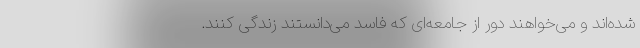
شده‌اند و می‌خواهند دور از جامعه‌ای که فاسد می‌دانستند زندگی کنند.